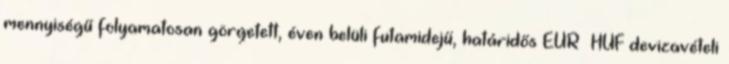
mennyiségű folyamatosan görgetett, éven belüli futamidejű, határidős EUR HUF devizavételi